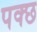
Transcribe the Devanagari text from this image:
पक्छ